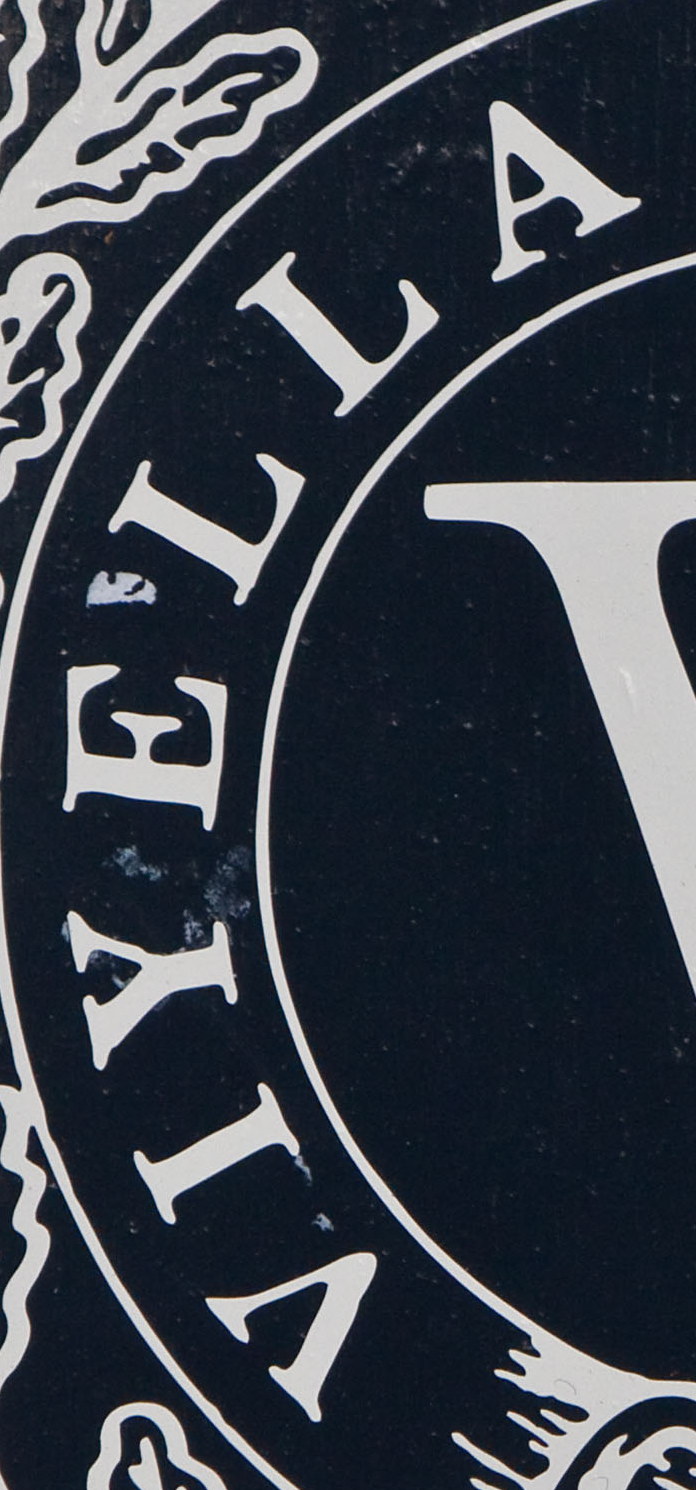
VIYELLA